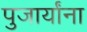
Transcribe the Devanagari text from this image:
पुजार्यांना